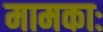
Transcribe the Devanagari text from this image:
मामकाः